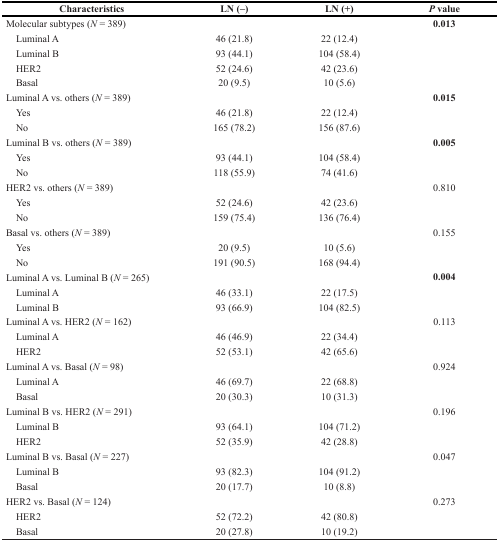
<table><thead><tr><td><b>Characteristics</b></td><td><b>LN (−)</b></td><td><b>LN (+)</b></td><td><b><i>P</i> value</b></td></tr></thead><tbody><tr><td>Molecular subtypes (<i>N</i> = 389)</td><td></td><td></td><td><b>0.013</b></td></tr><tr><td> Luminal A</td><td>46 (21.8)</td><td>22 (12.4)</td><td></td></tr><tr><td> Luminal B</td><td>93 (44.1)</td><td>104 (58.4)</td><td></td></tr><tr><td> HER2</td><td>52 (24.6)</td><td>42 (23.6)</td><td></td></tr><tr><td> Basal</td><td>20 (9.5)</td><td>10 (5.6)</td><td></td></tr><tr><td>Luminal A vs. others (<i>N</i> = 389)</td><td></td><td></td><td><b>0.015</b></td></tr><tr><td> Yes</td><td>46 (21.8)</td><td>22 (12.4)</td><td></td></tr><tr><td> No</td><td>165 (78.2)</td><td>156 (87.6)</td><td></td></tr><tr><td>Luminal B vs. others (<i>N</i> = 389)</td><td></td><td></td><td><b>0.005</b></td></tr><tr><td> Yes</td><td>93 (44.1)</td><td>104 (58.4)</td><td></td></tr><tr><td> No</td><td>118 (55.9)</td><td>74 (41.6)</td><td></td></tr><tr><td>HER2 vs. others (<i>N</i> = 389)</td><td></td><td></td><td>0.810</td></tr><tr><td> Yes</td><td>52 (24.6)</td><td>42 (23.6)</td><td></td></tr><tr><td> No</td><td>159 (75.4)</td><td>136 (76.4)</td><td></td></tr><tr><td>Basal vs. others (<i>N</i> = 389)</td><td></td><td></td><td>0.155</td></tr><tr><td> Yes</td><td>20 (9.5)</td><td>10 (5.6)</td><td></td></tr><tr><td> No</td><td>191 (90.5)</td><td>168 (94.4)</td><td></td></tr><tr><td>Luminal A vs. Luminal B (<i>N</i> = 265)</td><td></td><td></td><td><b>0.004</b></td></tr><tr><td> Luminal A</td><td>46 (33.1)</td><td>22 (17.5)</td><td></td></tr><tr><td> Luminal B</td><td>93 (66.9)</td><td>104 (82.5)</td><td></td></tr><tr><td>Luminal A vs. HER2 (<i>N</i> = 162)</td><td></td><td></td><td>0.113</td></tr><tr><td> Luminal A</td><td>46 (46.9)</td><td>22 (34.4)</td><td></td></tr><tr><td> HER2</td><td>52 (53.1)</td><td>42 (65.6)</td><td></td></tr><tr><td>Luminal A vs. Basal (<i>N</i> = 98)</td><td></td><td></td><td>0.924</td></tr><tr><td> Luminal A</td><td>46 (69.7)</td><td>22 (68.8)</td><td></td></tr><tr><td> Basal</td><td>20 (30.3)</td><td>10 (31.3)</td><td></td></tr><tr><td>Luminal B vs. HER2 (<i>N</i> = 291)</td><td></td><td></td><td>0.196</td></tr><tr><td> Luminal B</td><td>93 (64.1)</td><td>104 (71.2)</td><td></td></tr><tr><td> HER2</td><td>52 (35.9)</td><td>42 (28.8)</td><td></td></tr><tr><td>Luminal B vs. Basal (<i>N</i> = 227)</td><td></td><td></td><td>0.047</td></tr><tr><td> Luminal B</td><td>93 (82.3)</td><td>104 (91.2)</td><td></td></tr><tr><td> Basal</td><td>20 (17.7)</td><td>10 (8.8)</td><td></td></tr><tr><td>HER2 vs. Basal (<i>N</i> = 124)</td><td></td><td></td><td>0.273</td></tr><tr><td> HER2</td><td>52 (72.2)</td><td>42 (80.8)</td><td></td></tr><tr><td> Basal</td><td>20 (27.8)</td><td>10 (19.2)</td><td></td></tr></tbody></table>